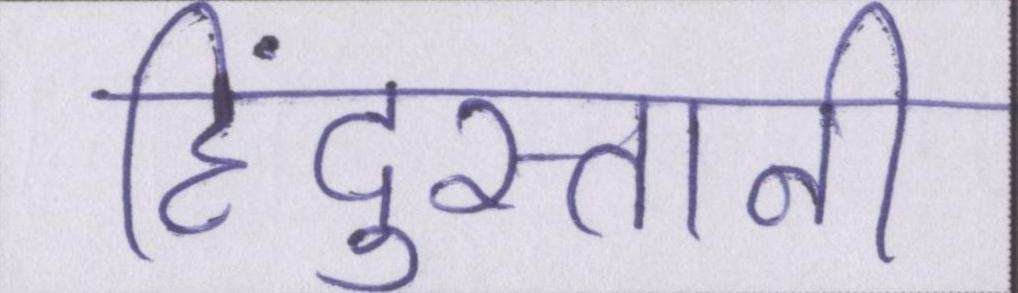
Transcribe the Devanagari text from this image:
हिंदुस्तानी